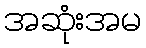
အဆုံးအမ